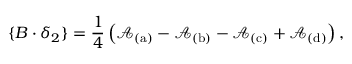
\{ B \cdot \delta _ { 2 } \} = \frac { 1 } { 4 } \left( \mathcal { A } _ { \mathrm { ( a ) } } - \mathcal { A } _ { \mathrm { ( b ) } } - \mathcal { A } _ { \mathrm { ( c ) } } + \mathcal { A } _ { \mathrm { ( d ) } } \right) ,